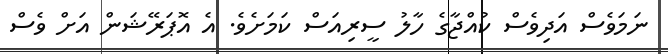
ނަމަވެސް އަދިވެސް ކުއްޖާގެ ހާލު ސީރިއަސް ކަމަށެވެ. އެ އޮޕަރޭޝަން އަށް ވެސް